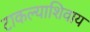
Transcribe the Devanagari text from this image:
टाकल्याशिवाय